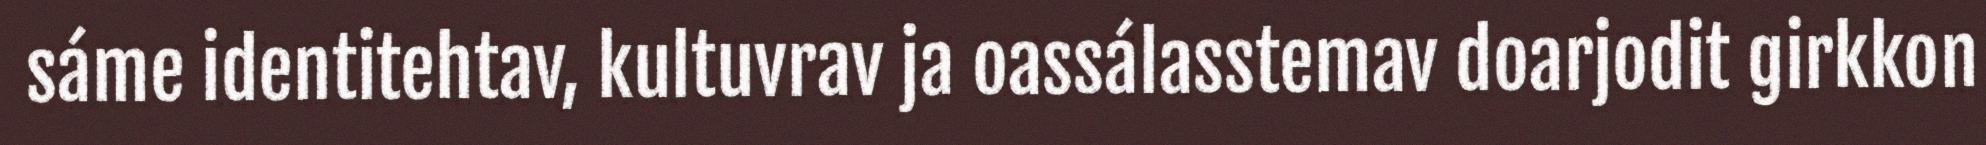
sáme identitehtav, kultuvrav ja oassálasstemav doarjodit girkkon